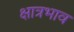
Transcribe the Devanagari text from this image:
क्षात्रभाव